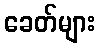
ခေတ်များ